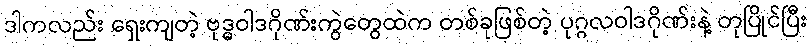
ဒါကလည်း ရှေးကျတဲ့ ဗုဒ္ဓဝါဒဂိုဏ်းကွဲတွေထဲက တစ်ခုဖြစ်တဲ့ ပုဂ္ဂလဝါဒဂိုဏ်းနဲ့ တုပြိုင်ပြီး